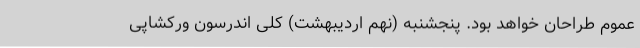
عموم طراحان خواهد بود. پنجشنبه (نهم اردیبهشت) کلی اندرسون ورکشاپی